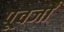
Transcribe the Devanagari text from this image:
पूवर्जों